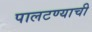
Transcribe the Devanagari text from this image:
पालटण्याची